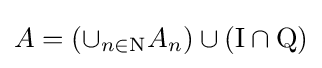
A=(\cup _{n\in \mathrm {N} }A_{n})\cup (\mathrm {I} \cap \mathrm {Q} )